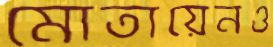
মোতায়েনও